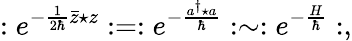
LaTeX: :e^{-\frac{1}{2\hbar}\bar{z}\star z}:=:e^{-\frac{a^{\dagger}\star a}{\hbar}}:\sim:e^{-\frac{H}{\hbar}}:,